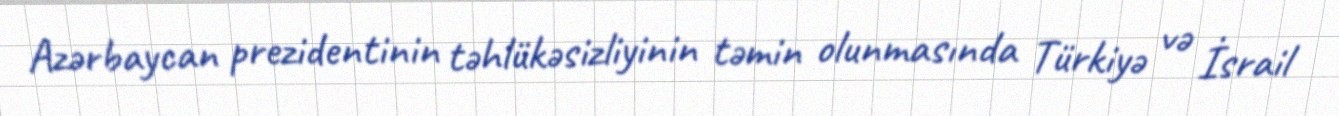
Azərbaycan prezidentinin təhlükəsizliyinin təmin olunmasında Türkiyə və İsrail